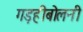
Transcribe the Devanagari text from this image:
गड़हीबोलनी